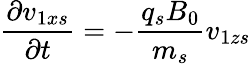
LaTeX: \frac{\partial{v}_{1xs}}{\partial t}=-\frac{q_{s}B_{0}}{m_{s}}{v}_{1zs}